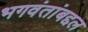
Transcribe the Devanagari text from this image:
भगवंतांबद्दल